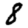
Digit: 8